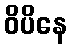
ဝိပိနေ